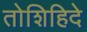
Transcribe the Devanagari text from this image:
तोशिहिदे